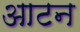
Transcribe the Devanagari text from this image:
आटन